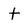
Character: t